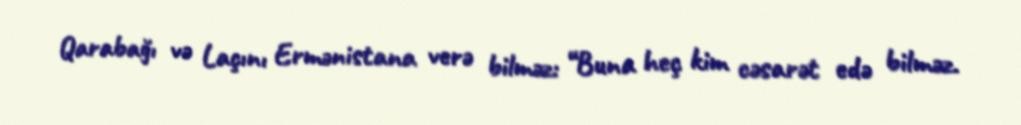
Qarabağı və Laçını Ermənistana verə bilməz: “Buna heç kim cəsarət edə bilməz.